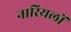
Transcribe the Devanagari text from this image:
नारियलों